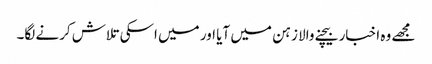
مجھے وہ اخبار بیچنے والا زہن میں آیا اور میں اسکی تلاش کرنے لگا۔